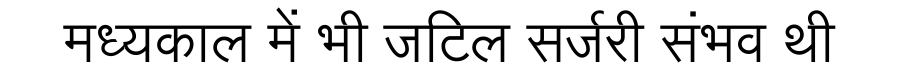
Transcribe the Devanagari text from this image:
मध्यकाल में भी जटिल सर्जरी संभव थी